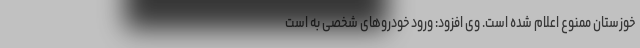
خوزستان ممنوع اعلام شده است. وی افزود: ورود خودرو‌های شخصی به است